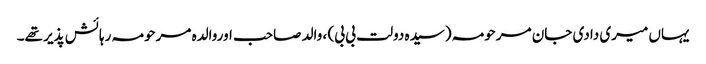
یہاں میری دادی جان مرحومہ (سیدہ دولت بی بی) ، والد صاحب اوروالدہ مرحومہ رہائش پذیر تھے۔